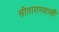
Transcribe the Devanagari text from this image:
सीतारामशास्त्रीं